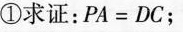
①求证：$$P A = D C$$；